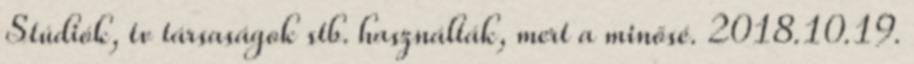
Stúdiók, tv társaságok stb. használták, mert a minősé. 2018.10.19.